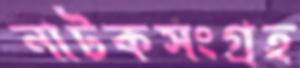
নাটকসংগ্রহ